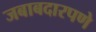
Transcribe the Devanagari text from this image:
जबाबदारपणे